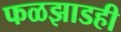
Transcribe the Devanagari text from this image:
फळझाडही